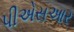
પીએસઆર